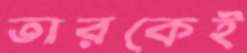
তারকেই